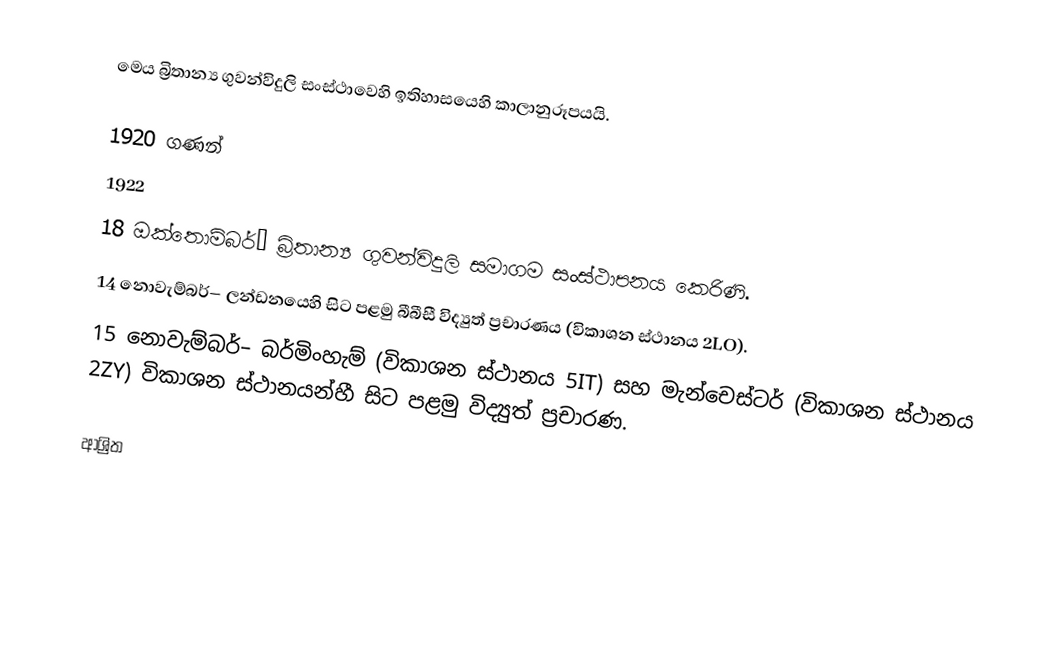
මෙය බ්‍රිතාන්‍ය ගුවන්විදුලි සංස්ථාවෙහි ඉතිහාසයෙහි කාලානුරූපයයි.

1920 ගණන්
 1922
 18 ඔක්තොම්බර්– බ්‍රිතාන්‍ය ගුවන්විදුලි සමාගම සංස්ථාපනය කෙරිණි.
 14 නොවැම්බර්– ලන්ඩනයෙහි සිට පළමු බීබීසී විද්‍යුත් ප්‍රචාරණය (විකාශන ස්ථානය 2LO).
 15 නොවැම්බර්– බර්මිංහැම් (විකාශන ස්ථානය 5IT) සහ මැන්චෙස්ටර්  (විකාශන ස්ථානය 2ZY) විකාශන ස්ථානයන්හී  සිට පළමු විද්‍යුත් ප්‍රචාරණ.

ආශ්‍රිත